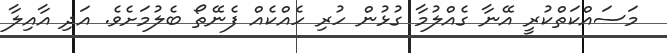
މަސައްކަތްކުރީ އޭނާ ގެއްލުމާ ގުޅުން ހުރި ހެއްކެއް ފެނޭތޯ ބެލުމަށެވެ. އަދި އާއިލާ